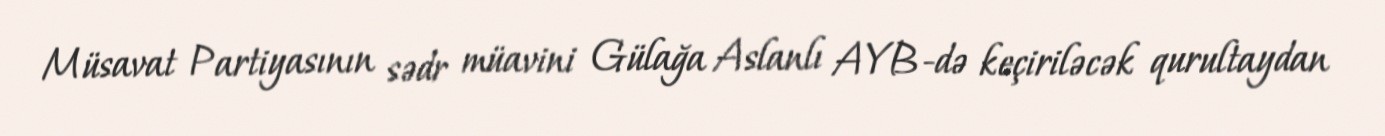
Müsavat Partiyasının sədr müavini Gülağa Aslanlı AYB-də keçiriləcək qurultaydan